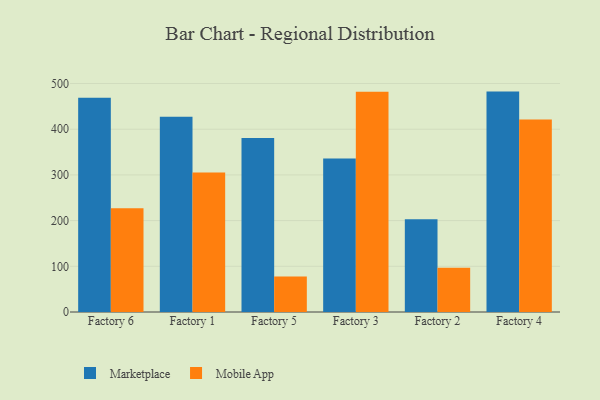
{"axis": {"x": "Factory", "y": "Inventory Turnover"}, "legend": ["Marketplace", "Mobile App"], "data": [{"x": "Factory 6", "y": 469.1, "type": "Marketplace"}, {"x": "Factory 6", "y": 227.0, "type": "Mobile App"}, {"x": "Factory 1", "y": 427.2, "type": "Marketplace"}, {"x": "Factory 1", "y": 305.4, "type": "Mobile App"}, {"x": "Factory 5", "y": 380.6, "type": "Marketplace"}, {"x": "Factory 5", "y": 77.7, "type": "Mobile App"}, {"x": "Factory 3", "y": 335.7, "type": "Marketplace"}, {"x": "Factory 3", "y": 482.2, "type": "Mobile App"}, {"x": "Factory 2", "y": 202.7, "type": "Marketplace"}, {"x": "Factory 2", "y": 97.0, "type": "Mobile App"}, {"x": "Factory 4", "y": 482.3, "type": "Marketplace"}, {"x": "Factory 4", "y": 421.2, "type": "Mobile App"}]}